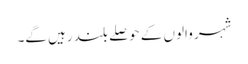
شہر والوں کے حوصلے بلند رہیں گے۔